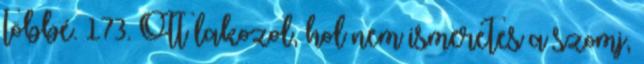
többé. 173. Ott lakozol, hol nem ismeretes a szomj,